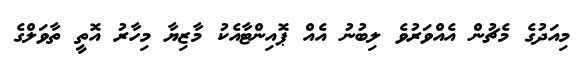
މިއަދުގެ މެޗުން އެއްވަރުވެ ލިބުނު އެއް ޕޮއިންޓާއެކު މާޒިޔާ މިހާރު އޮތީ ތާވަލްގެ